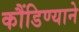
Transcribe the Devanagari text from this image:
कौंडिण्याने